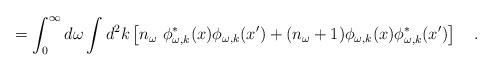
LaTeX: \begin{align*}=\int_{0}^{\infty}d\omega\int d^2k\left[n_\omega~ \phi^{*}_{\omega,k}(x)\phi_{\omega,k}(x')+(n_\omega+1)\phi_{\omega,k}(x)\phi^{*}_{\omega,k}(x')\right]~~~.\end{align*}